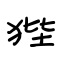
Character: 狴